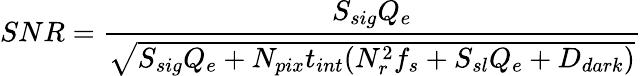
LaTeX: SNR=\frac{S_{sig}Q_{e}}{\sqrt{S_{sig}Q_{e}+N_{pix}t_{int}(N_{r}^{2}f_{s}+S_{sl}Q_{e}+D_{dark})}}